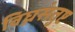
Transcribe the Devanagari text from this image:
विघ्नसंतुष्ट